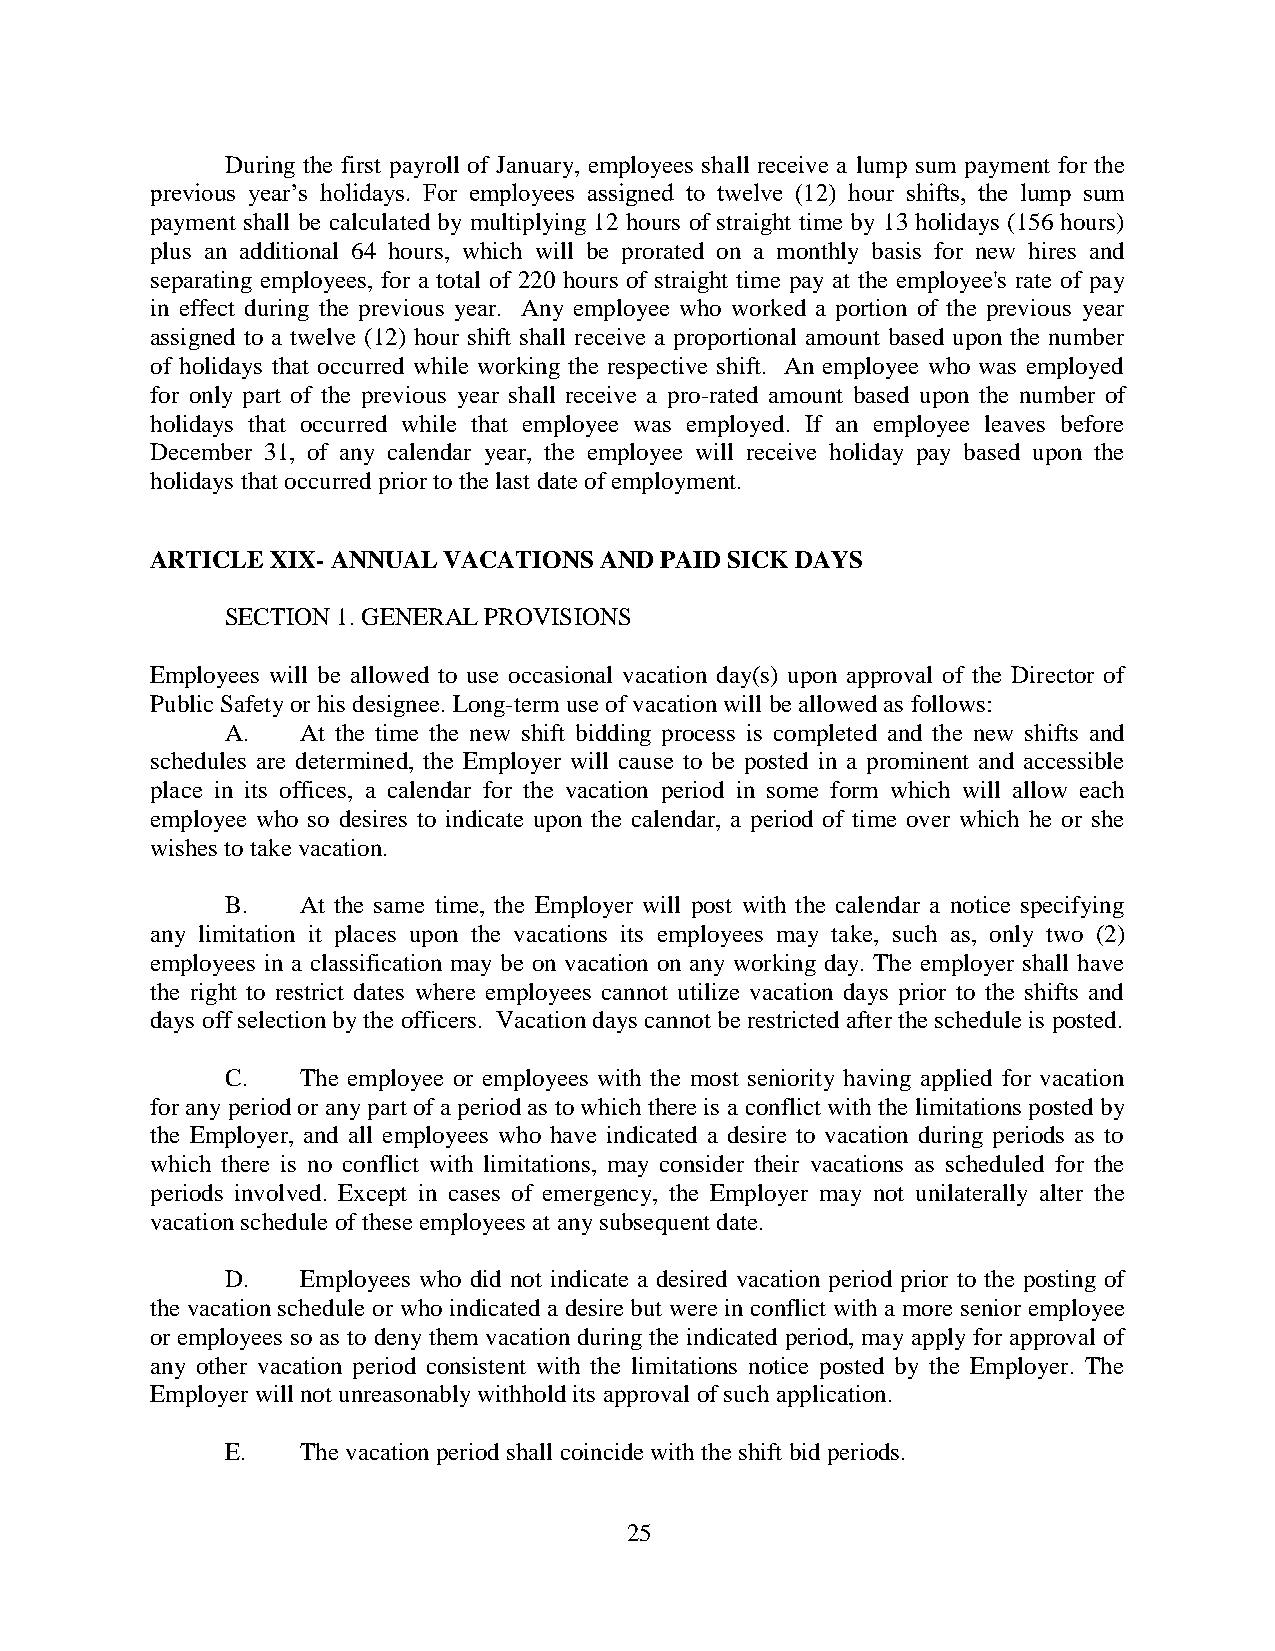
During the first payroll of January, employees shall receive a lump sum payment for the
 previous year’s holidays. For employees assigned to twelve (12) hour shifts, the lump sum
 payment shall be calculated by multiplying 12 hours of straight time by 13 holidays (156 hours)
 plus an additional 64 hours, which will be prorated on a monthly basis for new hires and
 separating employees, for a total of 220 hours of straight time pay at the employee's rate of pay
 in effect during the previous year. Any employee who worked a portion of the previous year
 assigned to a twelve (12) hour shift shall receive a proportional amount based upon the number
 of holidays that occurred while working the respective shift. An employee who was employed
 for only part of the previous year shall receive a pro-rated amount based upon the number of
 holidays that occurred while that employee was employed. If an employee leaves before
 December 31, of any calendar year, the employee will receive holiday pay based upon the
 holidays that occurred prior to the last date of employment.
 ARTICLE XIX- ANNUAL VACATIONS AND PAID SICK DAYS
 SECTION 1. GENERAL PROVISIONS
 Employees will be allowed to use occasional vacation day(s) upon approval of the Director of
 Public Safety or his designee. Long-term use of vacation will be allowed as follows:
 A.   At the time the new shift bidding process is completed and the new shifts and
 schedules are determined, the Employer will cause to be posted in a prominent and accessible
 place in its offices, a calendar for the vacation period in some form which will allow each
 employee who so desires to indicate upon the calendar, a period of time over which he or she
 wishes to take vacation.
 B.   At the same time, the Employer will post with the calendar a notice specifying
 any limitation it places upon the vacations its employees may take, such as, only two (2)
 employees in a classification may be on vacation on any working day. The employer shall have
 the right to restrict dates where employees cannot utilize vacation days prior to the shifts and
 days off selection by the officers. Vacation days cannot be restricted after the schedule is posted.
 C.   The employee or employees with the most seniority having applied for vacation
 for any period or any part of a period as to which there is a conflict with the limitations posted by
 the Employer, and all employees who have indicated a desire to vacation during periods as to
 which there is no conflict with limitations, may consider their vacations as scheduled for the
 periods involved. Except in cases of emergency, the Employer may not unilaterally alter the
 vacation schedule of these employees at any subsequent date.
 D.   Employees who did not indicate a desired vacation period prior to the posting of
 the vacation schedule or who indicated a desire but were in conflict with a more senior employee
 or employees so as to deny them vacation during the indicated period, may apply for approval of
 any other vacation period consistent with the limitations notice posted by the Employer. The
 Employer will not unreasonably withhold its approval of such application.
 E.   The vacation period shall coincide with the shift bid periods.
 25